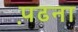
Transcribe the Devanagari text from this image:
प़ढना